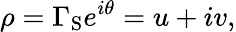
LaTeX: \rho=\Gamma_{\mathrm{S}}e^{i\theta}=u+iv,